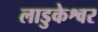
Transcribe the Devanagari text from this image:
लाडुकेश्वर